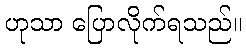
ဟုသာ ပြောလိုက်ရသည်။